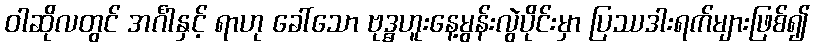
ဝါဆိုလတွင် အင်္ဂါနှင့် ရာဟု ခေါ်သော ဗုဒ္ဓဟူးနေ့မွန်းလွဲပိုင်းမှာ ပြဿဒါးရက်များဖြစ်၍